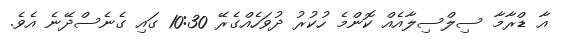
އާ ޑްރާމާ ސިލްސިލާއެއް ކޮންމެ ހުކުރު ދުވަހެއްގެރޭ 10:30 ގައި ގެނެސްދޭނެ އެވެ.